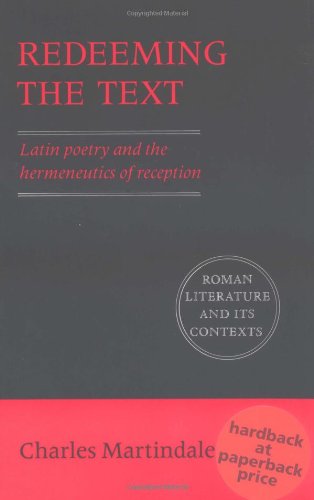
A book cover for Redeeming the Text: Latin Poetry and the Hermeneutics of Reception (Roman Literature and its Contexts); Charles Martindale; Literature & Fiction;